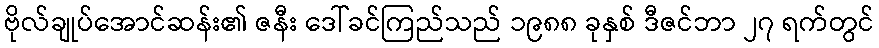
ဗိုလ်ချုပ်အောင်ဆန်း၏ ဇနီး ဒေါ်ခင်ကြည်သည် ၁၉၈၈ ခုနှစ် ဒီဇင်ဘာ ၂၇ ရက်တွင်